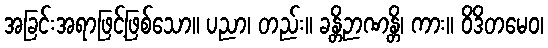
အခြင်းအရာဖြင့်ဖြစ်သော။ ပညာ၊ တည်း။ ခန္တိဉာဏန္တိ၊ ကား။ ဝိဒိတမေဝ၊